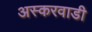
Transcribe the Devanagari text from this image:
अस्करवाडी